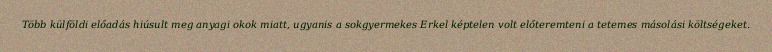
Több külföldi előadás hiúsult meg anyagi okok miatt, ugyanis a sokgyermekes Erkel képtelen volt előteremteni a tetemes másolási költségeket.